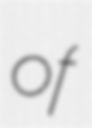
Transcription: of